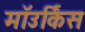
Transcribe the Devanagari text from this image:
माॅउर्किस